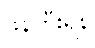
ဖန်တီးရန်